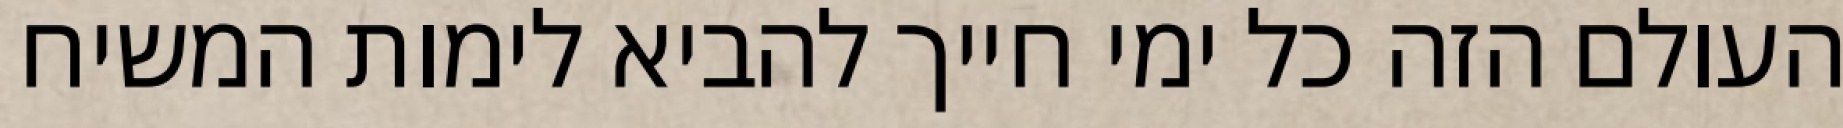
העולם הזה כל ימי חייך להביא לימות המשיח